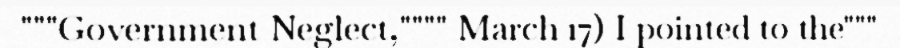
"""Government Neglect,"""" March 17) I pointed to the"""